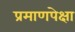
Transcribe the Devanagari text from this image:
प्रमाणपेक्षा